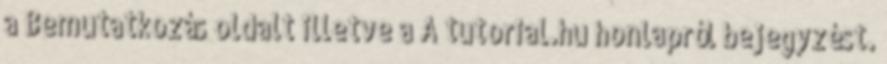
a Bemutatkozás oldalt illetve a A tutorial.hu honlapról bejegyzést.